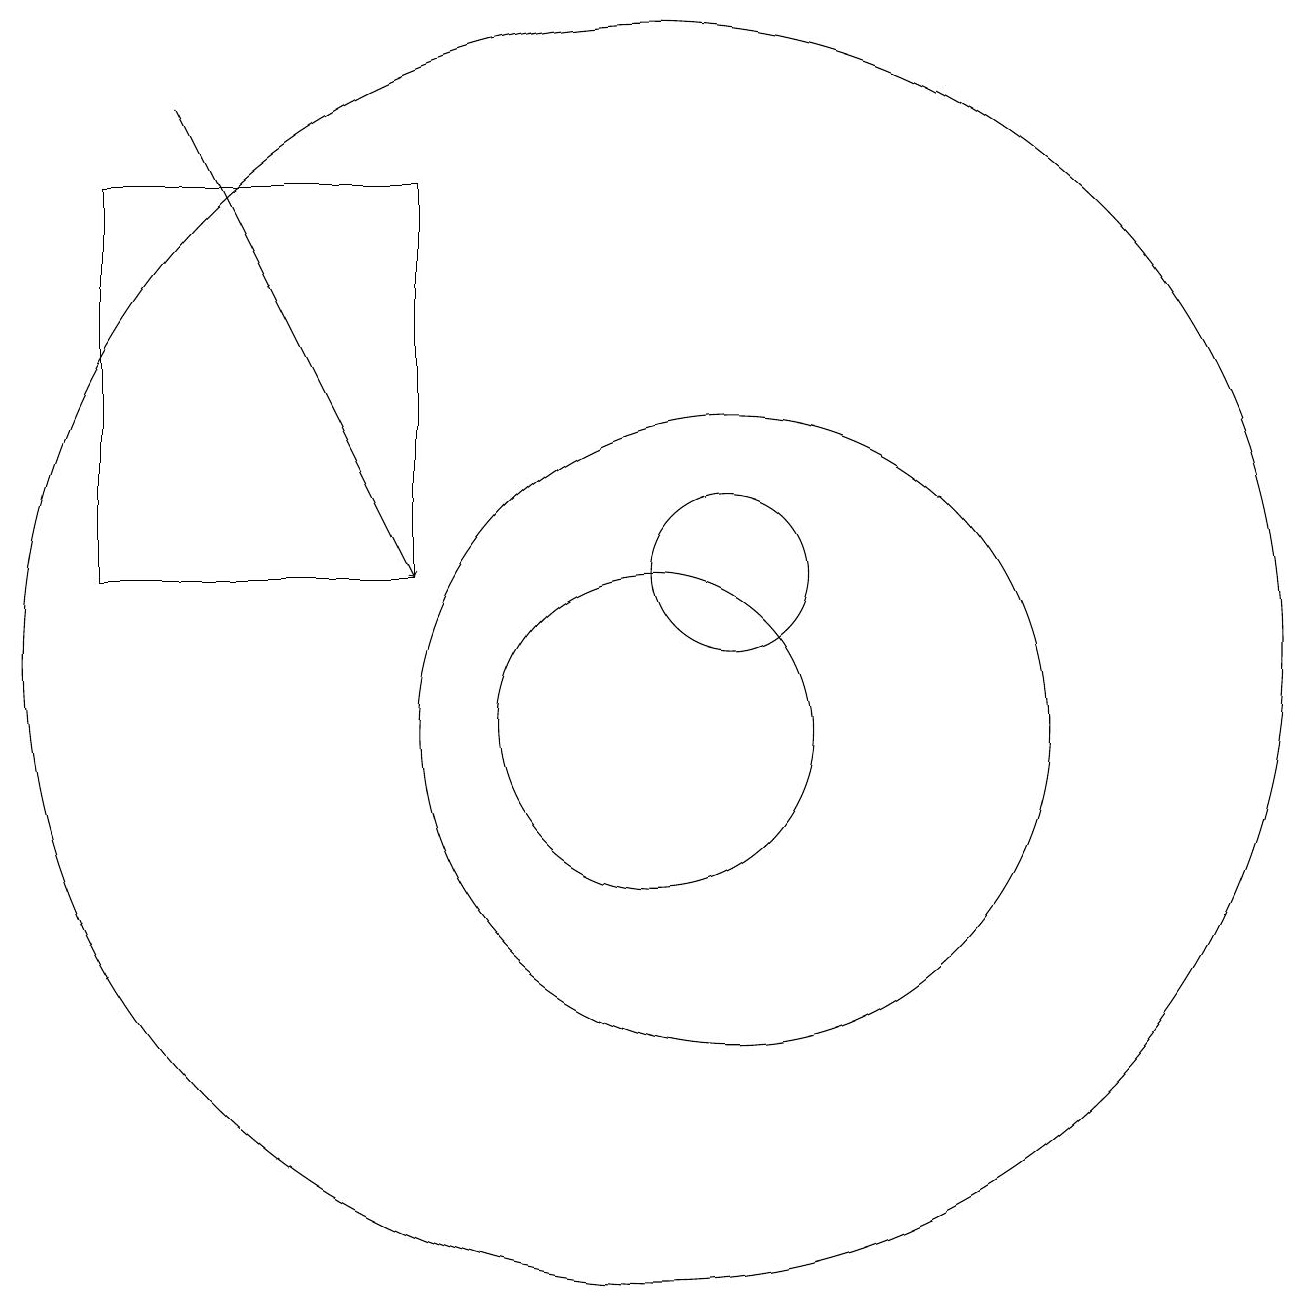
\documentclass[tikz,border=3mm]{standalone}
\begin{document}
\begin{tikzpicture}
\draw (10,10) circle (2);
\draw (11,10) circle (4);
\draw (11,12) circle (1);
\draw (10,11) circle (8);
\draw (3,12) rectangle (7,17);
\draw[->] (4,18) -- (7,12);
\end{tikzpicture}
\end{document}